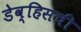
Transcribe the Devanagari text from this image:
डेव्हिसची